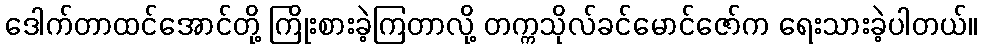
ဒေါက်တာထင်အောင်တို့ ကြိုးစားခဲ့ကြတာလို့ တက္ကသိုလ်ခင်မောင်ဇော်က ရေးသားခဲ့ပါတယ်။